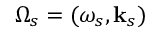
\boldsymbol { \Omega } _ { s } = ( \omega _ { s } , \mathbf { k } _ { s } )